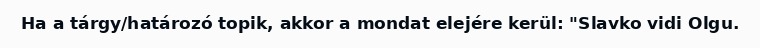
Ha a tárgy/határozó topik, akkor a mondat elejére kerül: "Slavko vidi Olgu.